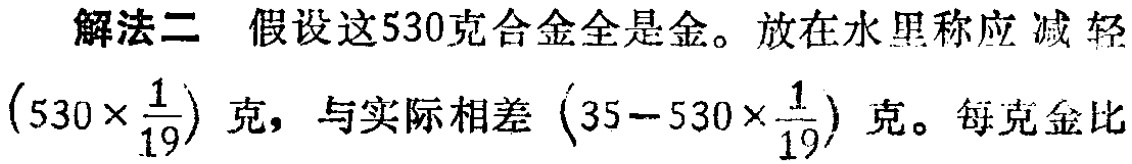
解法二 假设这530克合金全是金。放在水里称应减轻\((530\times\frac{1}{19})\)克，与实际相差\((35 - 530\times\frac{1}{19})\)克。每克金比